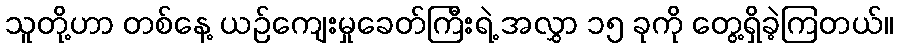
သူတို့ဟာ တစ်နေ့ ယဉ်ကျေးမှုခေတ်ကြီးရဲ့ အလွှာ ၁၅ ခုကို တွေ့ရှိခဲ့ကြတယ်။